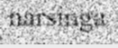
narsinga